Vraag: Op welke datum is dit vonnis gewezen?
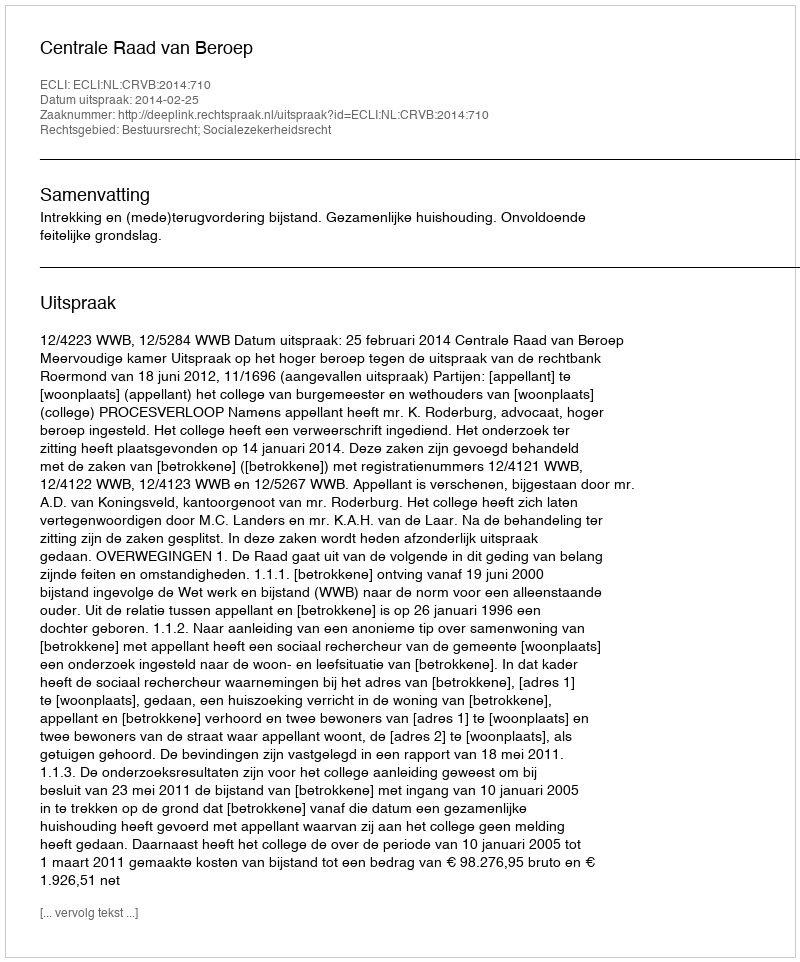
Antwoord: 2014-02-25